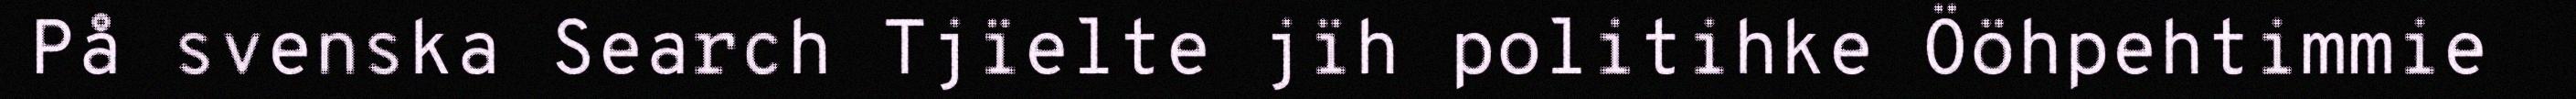
På svenska Search Tjïelte jïh politihke Ööhpehtimmie